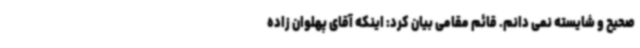
صحیح و شایسته نمی دانم. قائم مقامی بیان کرد: اینکه آقای پهلوان زاده